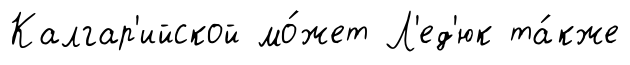
Калгар'ийской мо́жет Л'ед'юк та́кже